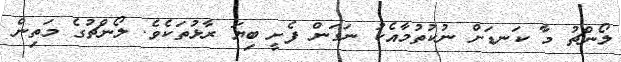
ލޯންޗު މާ ކަނޑަށް ނުކުތުމާއެކު ނަގަން ފެށީ ބިޔަ ރާޅުތަކެެވެ. ލޯންޗުގެ މަތިން